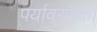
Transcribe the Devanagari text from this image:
पर्यावरणका